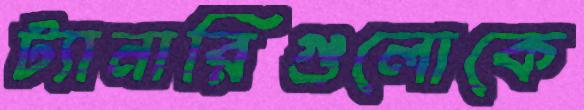
ট্যানারিগুলোকে